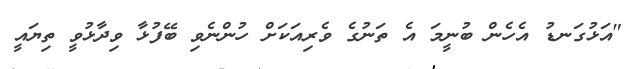
"އަޅުގަނޑު އެހެން ބުނީމަ އެ ތަނުގެ ވެރިއަކަށް ހުންނެވި ބޭފުޅާ ވިދާޅުވީ ތިޔައީ